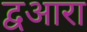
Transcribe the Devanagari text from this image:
द्वआरा